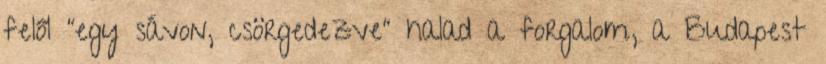
felől "egy sávon, csörgedezve" halad a forgalom, a Budapest